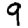
Digit: 9